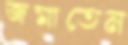
জমাতেন